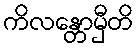
ကိလန္တောမှီတိ